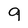
Character: 9